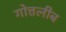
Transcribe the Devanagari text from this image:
गोत्तलीब